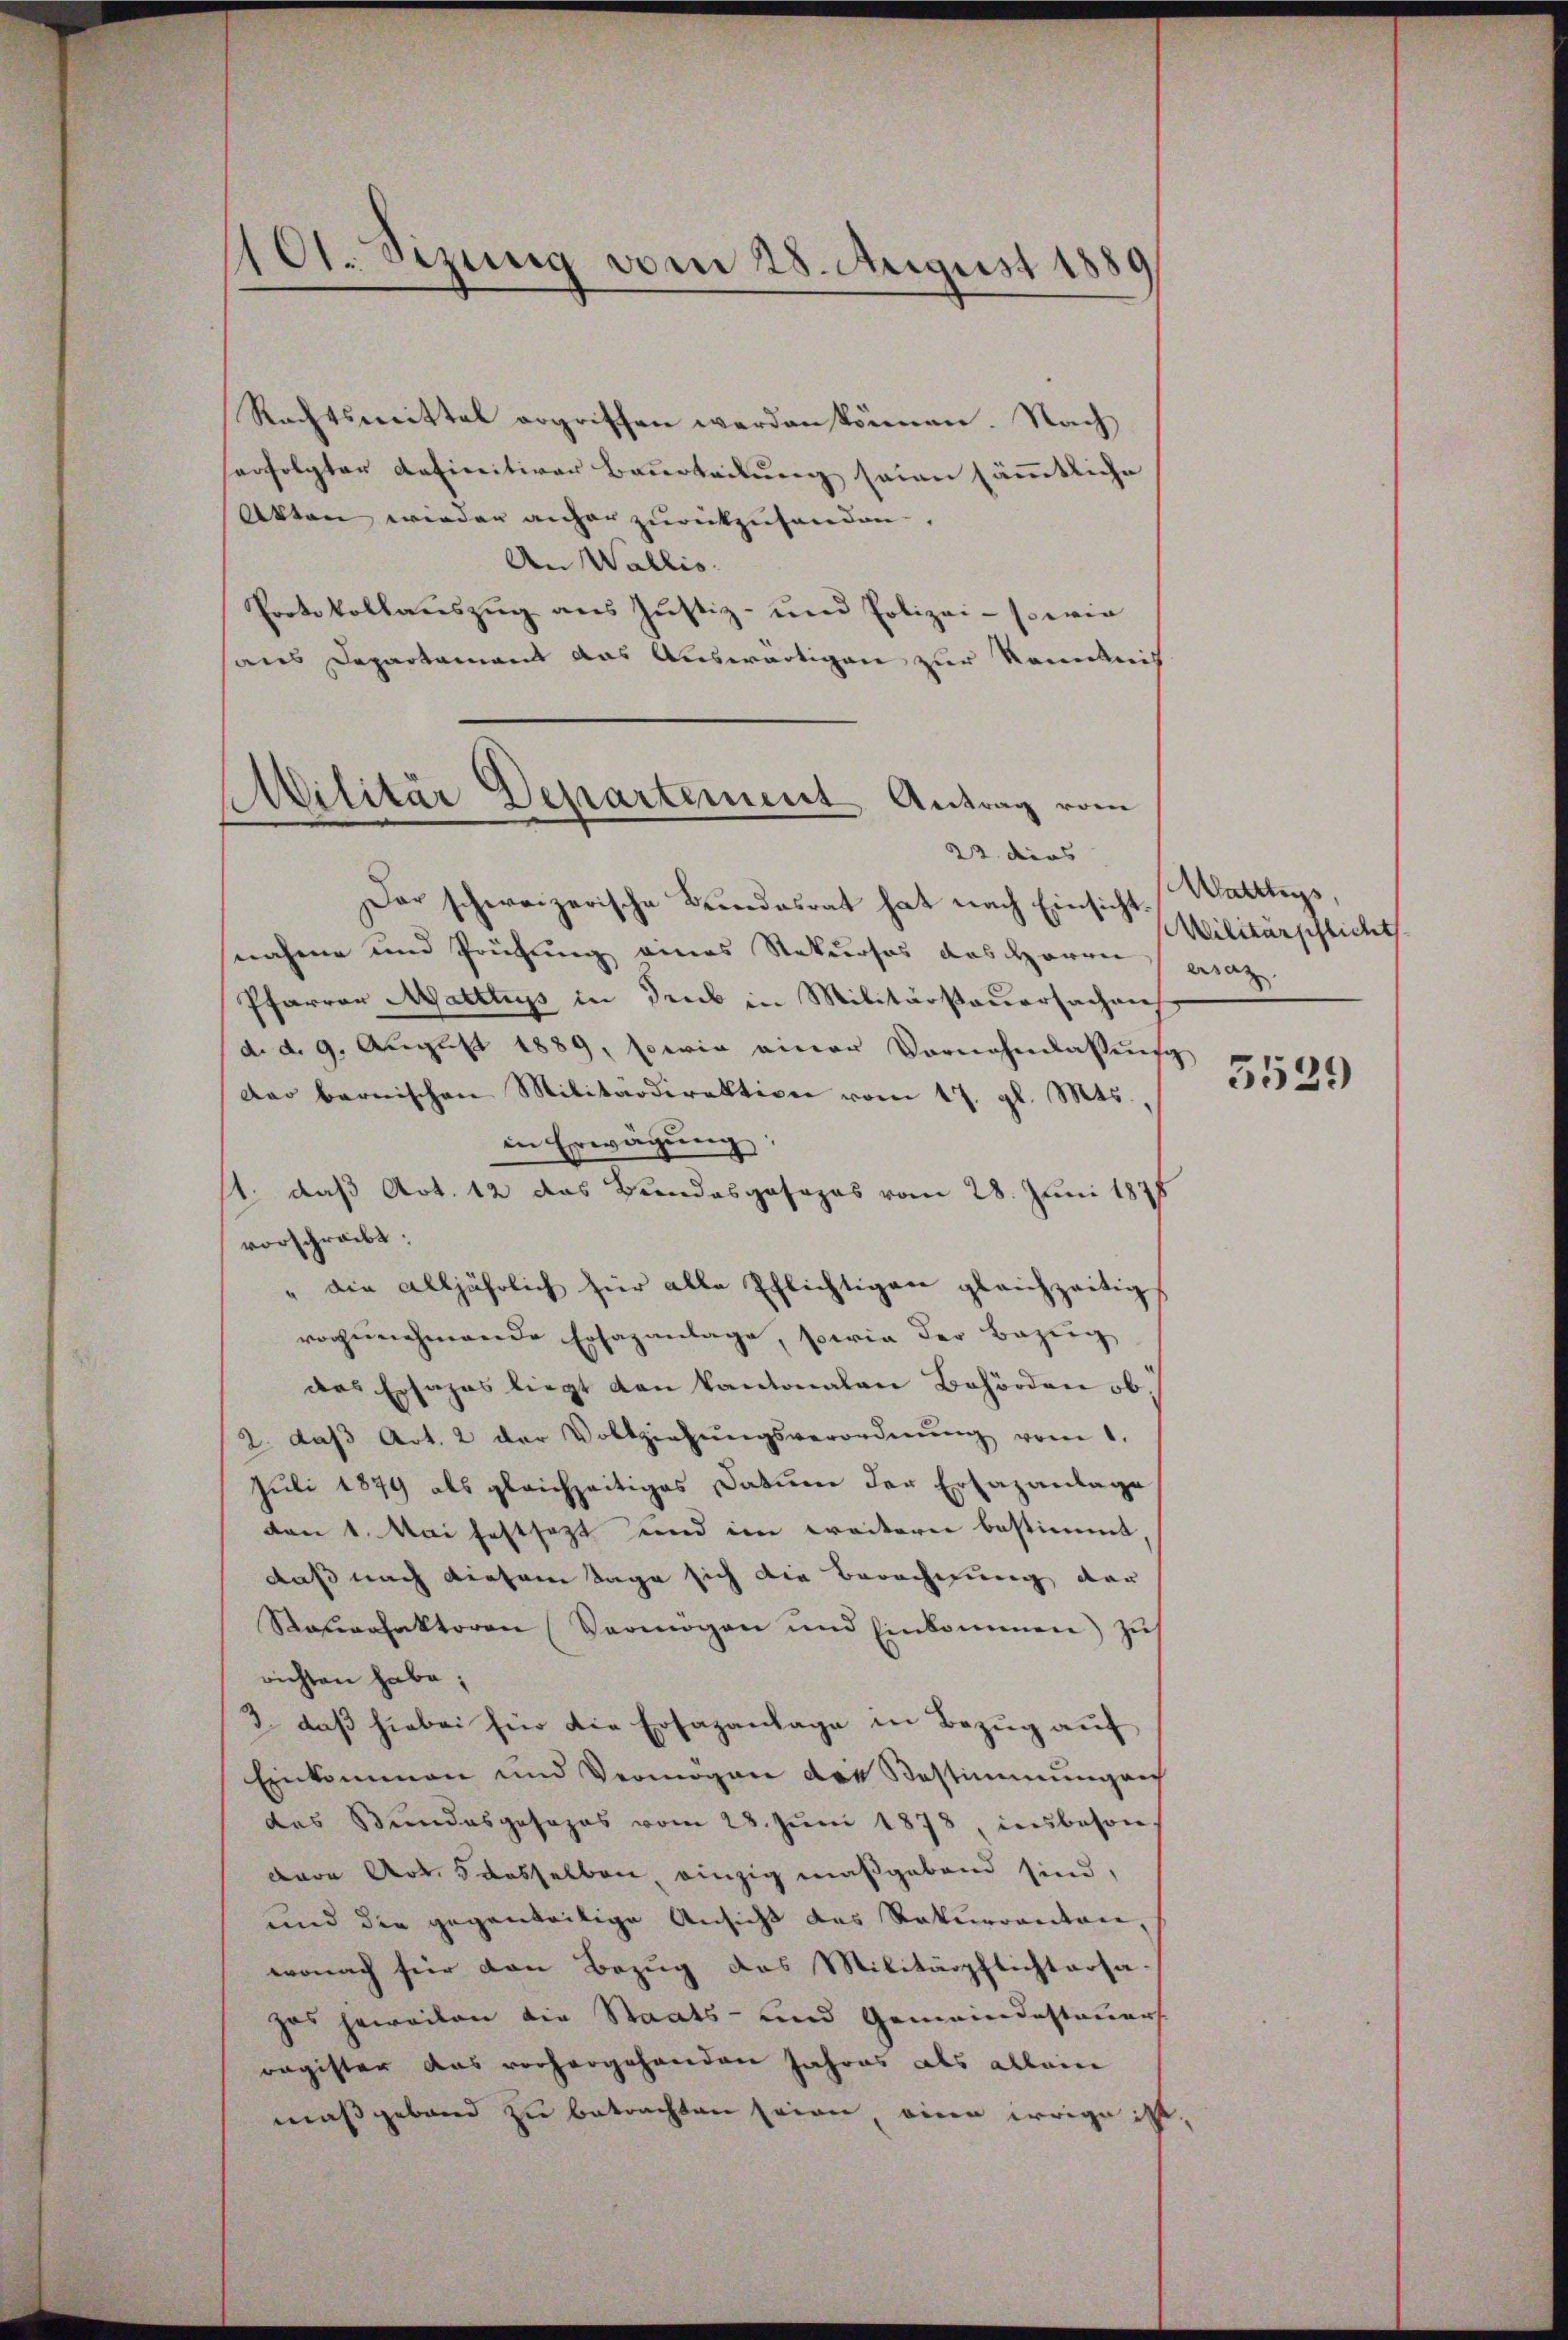
10t. Sizung vom 28. August 1880

Rechtsmittel ergriffen werden können. Nach
erfolgter definitiver Baurteilung seien sämmtliche
Akten wieder anher zurückzuhanden.
An Wallis.
Protokollauszug aus Justiz- und Polizei- sowie
aus Departament das Auswärtigen zur Kenntnis
Dar schweizerische Bundesrat hat nach Einsicht
nahme und Prüfung eines Rekurses das Herren ersat
Pfarrer Mattluss in dens in Militärsteuersachen
d. d. 9. Aŭgŭst 1889, sowie einer Vornehmlassŭng
dar bernischen Militärdirektion vom 17. gl. Mts.,
in Erwägung;
1. daß Art. 12 das Bundesgosapas vom 28. Juni 1875
vorschreibt:
" die alljährlich für alle Pflichtigen gleichzeitig
vogenehmende Ersazanlage, sowie der Bezug
das Ersapas liegt den kantonalen Behörden ob
2. daβ Art. 2 der Vollziehŭngsverordnŭng vom 1.
Juli 1879 als gleichzeitiges Datum der Ersazanlage
von 1. Mai festsezt und im weitern bestimmt
daß nach diesem Tage sich die Berechnung der
Sauerfaktoren (Vermögen und Einkommen) zu
richten habe;
2. daß hiebei für die Ersazanlage in Bezug auf
Einkommen und Vermögen die Bestimmungen
das Bundesgesezes vom 28. Jŭni 1878, insbeson-
dare Art. 5 desselben, einzig maßgebend sind,
und die gegenteilige Ansicht des Rekurrenten,
wonach für den Bezug das Militärpflichtersa-
zas jeweiten die Staats- und Gemeindestauers
ragister das vorhergehenden Jahres als allein
maßgeband zu betrachten seien, eine irrige ist,

Militär Departement Antrag vom
22. dies

Wältig,
Militärschlicht

5529